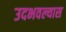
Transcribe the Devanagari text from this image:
उदभवल्यास